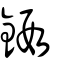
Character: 鍜